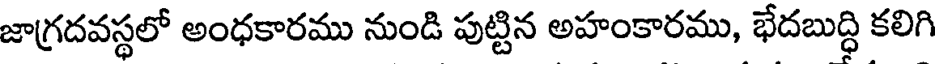
జాగ్రదవస్థలో అంధకారము నుండి పుట్టిన అహంకారము, భేదబుద్ధి కలిగి